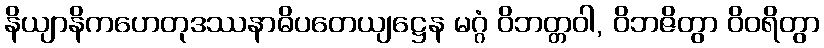
နိယျာနိကဟေတုဒဿနာဓိပတေယျဋ္ဌေန မဂ္ဂံ ဝိဘတ္တဝါ, ဝိဘဇိတွာ ဝိဝရိတွာ